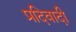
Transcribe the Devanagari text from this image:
प्रदिवादी